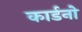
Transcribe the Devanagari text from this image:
कार्डनो